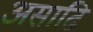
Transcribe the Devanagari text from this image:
असाढि